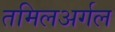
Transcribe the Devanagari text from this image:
तमिलअर्गल